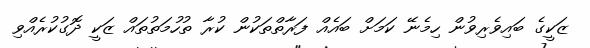
ޒަކީގެ ބައިވެރިވުން ހިމެނޭ ކަމަށް ބައެއް ފަރާތްތަކުން ކުރާ ތުހުމަތުތައް ޒަކީ ދޮގުކުރެއްވި